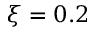
\xi = 0 . 2